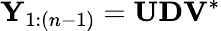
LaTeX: \mathbf{Y}_{1:(n-1)}=\mathbf{UDV}^{*}